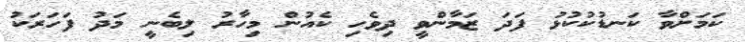
ކަމަށްވާ ކަނޑުކުކުޅު ފަދަ ޒަމާންވީ ދިވެހި ކެއުން މިހާރު ލިބެނީ މަދު ފަހަރަކު